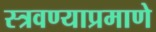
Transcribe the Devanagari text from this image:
स्त्रवण्याप्रमाणे